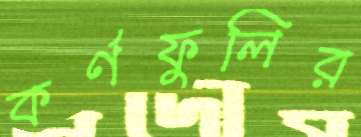
কর্ণফুলির